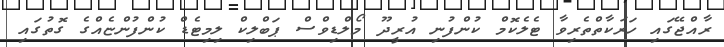
ރާއްޖޭގައި ހަރަކާތްތެރިވާ ޓެލެކޮމް ކުންފުނި އުރީދޫ މޯލްޑިވްސް ޕަބްލިކް ލިމިޓެޑް ކުންފުންޏެއްގެ ގޮތުގައި